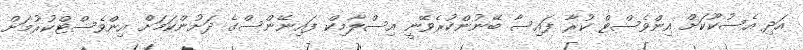
އަދި އެސުކޫކަށް އިންވެސްޓް ކުރާ ފައިސާ ބޭނުންކުރެވޭނީ އިސްލާމިކް ފައިނޭންސްގެ ދަށުންކަމަށް އިންވެސްޓްކުރުމަށް